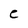
Character: e